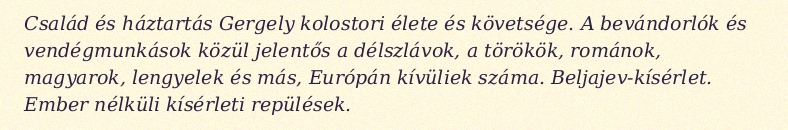
Család és háztartás Gergely kolostori élete és követsége. A bevándorlók és vendégmunkások közül jelentős a délszlávok, a törökök, románok, magyarok, lengyelek és más, Európán kívüliek száma. Beljajev-kísérlet. Ember nélküli kísérleti repülések.